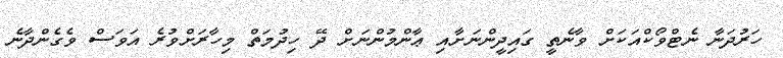
ހަރުދަނާ ނެޓްވޯކްއަކަށް ވާނެތީ ގައިދީންނަށާއި ޢާންމުންނަށް ދޭ ހިދުމަތް މިހާރަށްވުރެ އަވަސް ވެގެންދާނެ